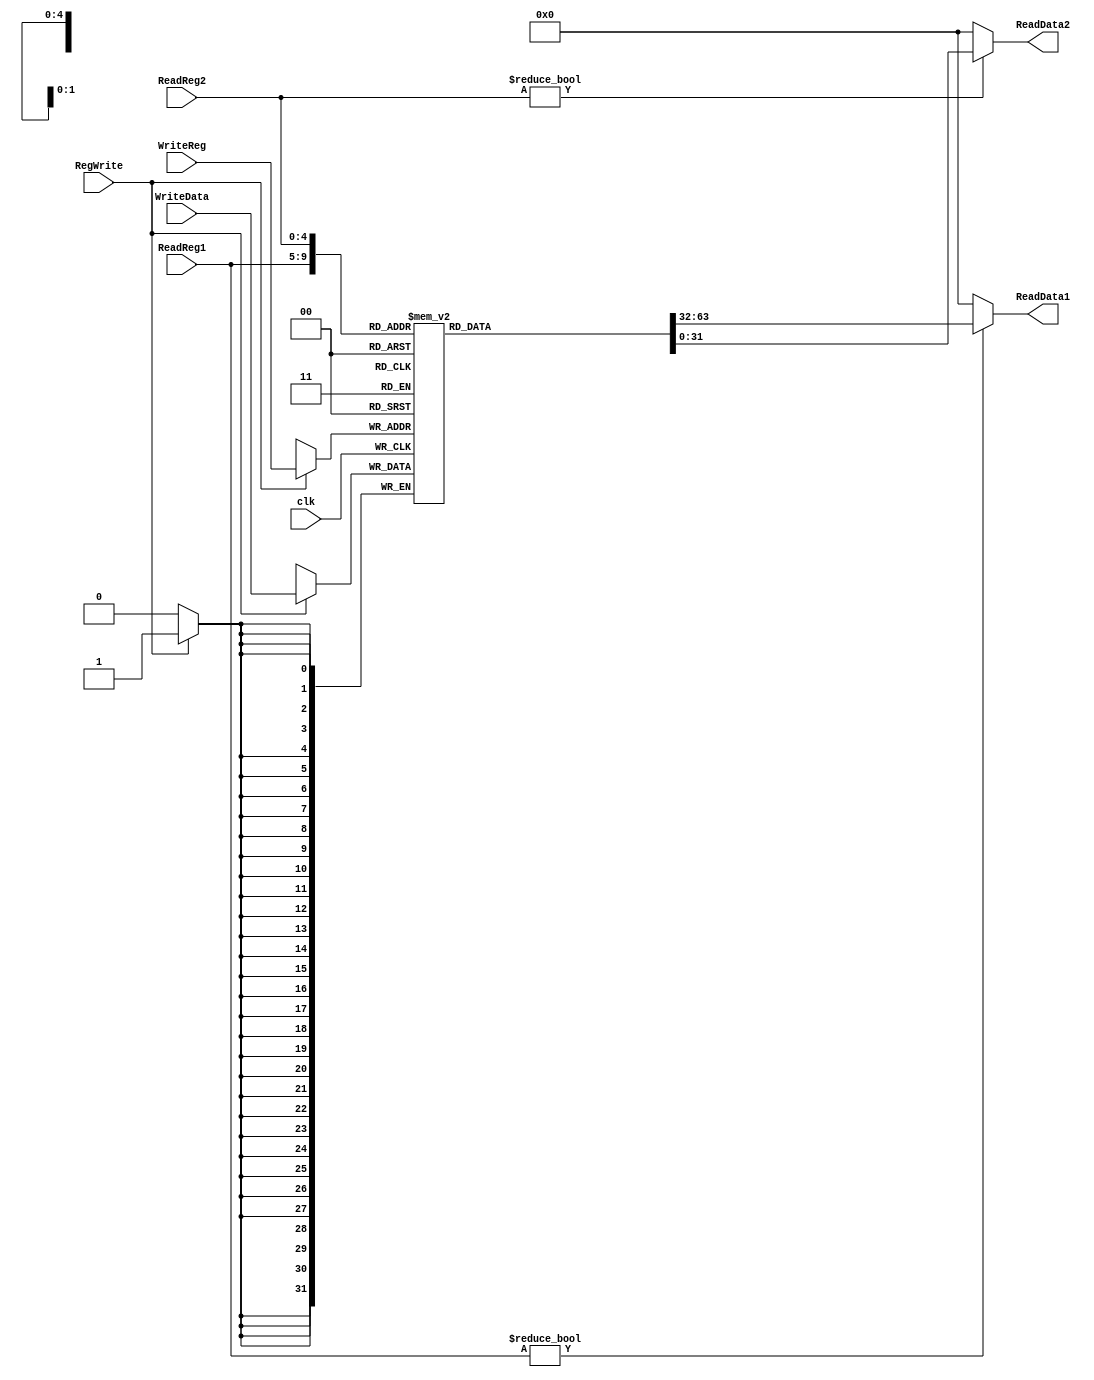
module RegisterFile_PipeLine(ReadReg1, ReadReg2, WriteReg, RegWrite, WriteData, clk, ReadData1, ReadData2);
	input [4:0]ReadReg1, ReadReg2, WriteReg;
	input clk, RegWrite;
	input [31:0]WriteData;
	output [31:0]ReadData1, ReadData2;
	
	reg [31:0]regfile[31:0];
	assign ReadData1 = (ReadReg1 != 5'h0000)? regfile[ReadReg1]: 32'h0000;
	assign ReadData2 = (ReadReg2 != 5'h0000)? regfile[ReadReg2]: 32'h0000;
	
	always @(negedge clk)
		if(RegWrite) begin
			regfile[WriteReg] <= WriteData;
		end
endmodule